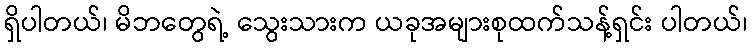
ရှိပါတယ်၊ မိဘတွေရဲ့ သွေးသားက ယခုအများစုထက်သန့်ရှင်း ပါတယ်၊